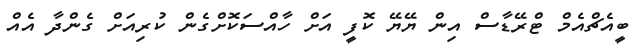
ބީއެޗްއެމް ޓްރޭޑާސް އިން ޔޭޔޭ ކޮފީ އަށް ހާއްސަކޮށްގެން ކުރިއަށް ގެންދާ އެއް